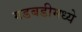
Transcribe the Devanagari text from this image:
गडबडीमध्ये